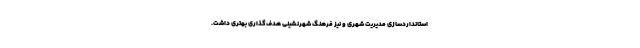
استانداردسازی مدیریت شهری و نیز فرهنگ شهرنشینی هدف‌گذاری بهتری داشت.